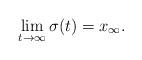
LaTeX: \begin{align*}\lim_{t \rightarrow \infty} \sigma(t) = x_{\infty}.\end{align*}